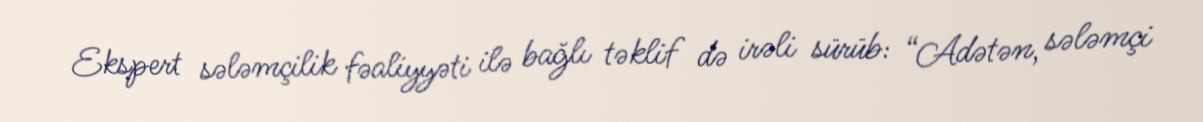
Ekspert sələmçilik fəaliyyəti ilə bağlı təklif də irəli sürüb: “Adətən, sələmçi